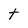
Character: t